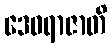
ဒေဝရာဇာတိ